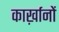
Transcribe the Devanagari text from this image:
कार्ख़ानों